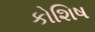
કોશિષ